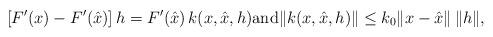
LaTeX: \begin{align*} [F^\prime(x)-F^\prime(\hat{x})]\,h=F^\prime(\hat{x})\,k(x,\hat{x},h) \mbox{and} \|k(x,\hat{x},h)\| \le k_0\|x-\hat{x}\|\,\|h\|,\end{align*}